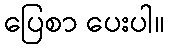
ပြေစာ ပေးပါ။